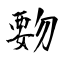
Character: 覅